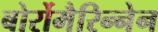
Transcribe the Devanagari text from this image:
बोर्रोमैरिन्नेन